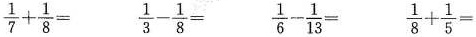
$$\frac{1}{7}+ \frac{1}{8}=$$ $$\frac{1}{3}- \frac{1}{8}=$$ $$\frac{1}{6}- \frac{1}{13}=$$ $$\frac{1}{8}+ \frac{1}{5}=$$